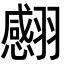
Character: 𦒝